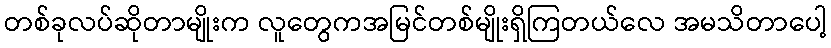
တစ်ခုလပ်ဆိုတာမျိုးက လူတွေကအမြင်တစ်မျိုးရှိကြတယ်လေ အမသိတာပေါ့